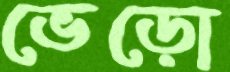
ভেড়ো